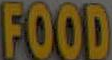
FOOD